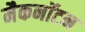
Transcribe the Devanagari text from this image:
मैकनॉटन